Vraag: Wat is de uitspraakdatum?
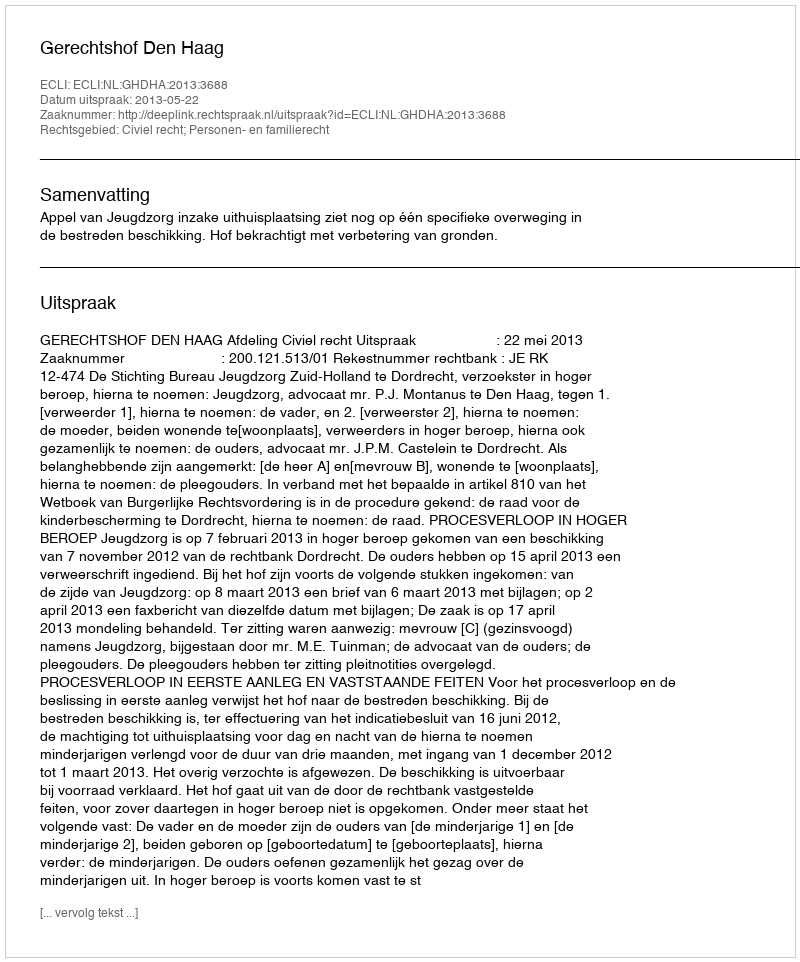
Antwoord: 2013-05-22